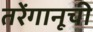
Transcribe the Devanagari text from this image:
तरेंगानूची